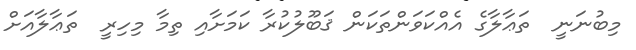
މިބުނަނީ  ތަޢާލާގެ އެއްކަވަންތަކަން ޤަބޫލުކުރާ ކަމަށާއި ތިމާ މިހިރީ  ތަޢާލާއަށް